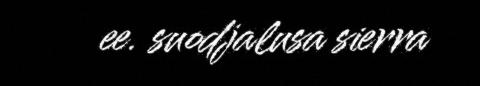
ee. suodjalusa sierra